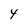
Character: 4